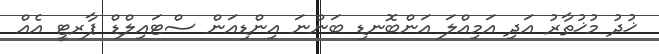
ޚުދު މުޚުތާރު އަދި އަމިއްލަ އަންބޮނޑި ބަންނަ އިންޑިއަން ސްޓައިލްޑް ޕާރޓީ އެއް